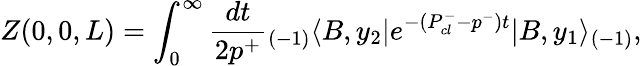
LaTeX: Z(0,0,L)=\int_{0}^{\infty}{\frac{dt}{2p^{+}}}{_{(-1)}\langle}B,y_{2}|e^{-(P_{cl}^{-}-p^{-})t}|B,y_{1}\rangle_{(-1)},